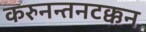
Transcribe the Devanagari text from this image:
करुनन्तनटक्कन